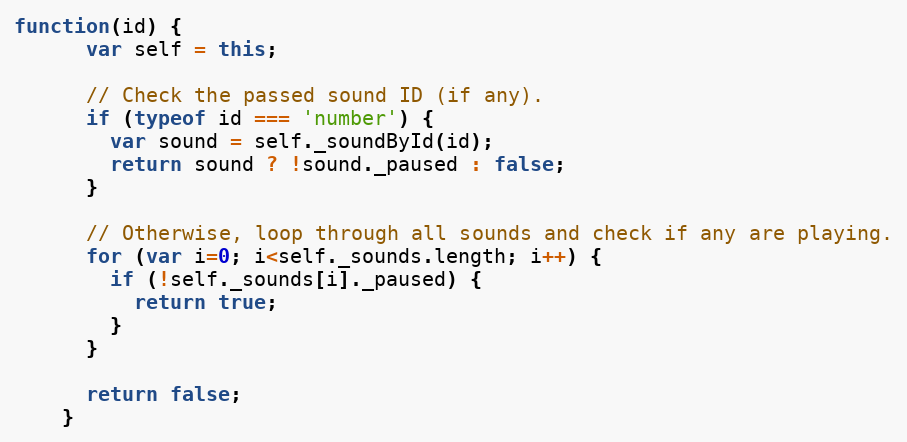
Language: JavaScript
function(id) {
      var self = this;

      // Check the passed sound ID (if any).
      if (typeof id === 'number') {
        var sound = self._soundById(id);
        return sound ? !sound._paused : false;
      }

      // Otherwise, loop through all sounds and check if any are playing.
      for (var i=0; i<self._sounds.length; i++) {
        if (!self._sounds[i]._paused) {
          return true;
        }
      }

      return false;
    }